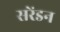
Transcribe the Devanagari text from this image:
सरेंडन